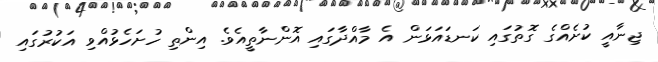
ޖިނާއީ ކުށެއްގެ ގޮތުގައި ކަނޑައަޅަން އެ މާއްދާގައި އޮންނާތީއެވެ. އިންތި ހުށަހެޅުއްވި އަކުރުގައި